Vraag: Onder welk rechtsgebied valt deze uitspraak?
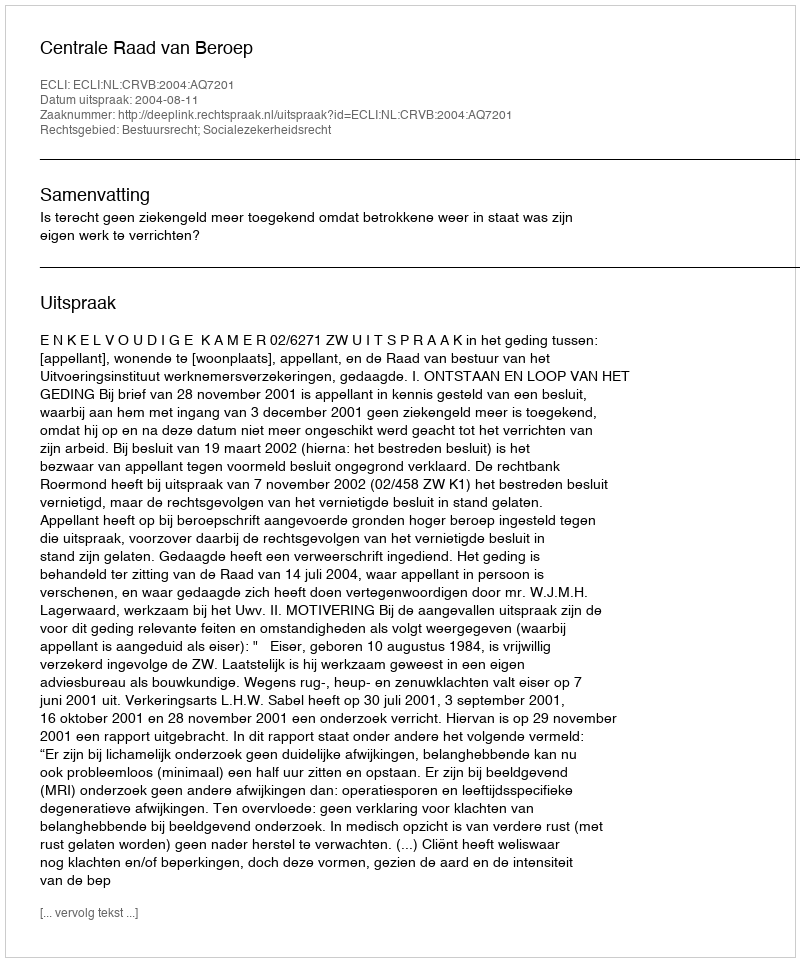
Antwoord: Bestuursrecht; Socialezekerheidsrecht